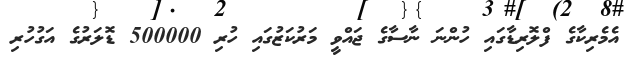
އެމެރިކާގެ ފްލޮރިޑާގައި ހުންނަ ނާސާގެ ޖައްވީ މަރުކަޒުގައި ހުރި 500000 ޑޮލަރުގެ އަގުހުރި